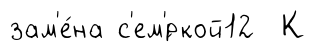
зам'е́на с'ем'́ркой12 К